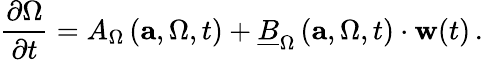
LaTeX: \frac{\partial\Omega}{\partial t}=A_{\Omega}\left(\mathbf{a},\Omega,t\right)+\underline{{B}}_{\Omega}\left(\mathbf{a},\Omega,t\right)\cdot\mathbf{w}(t)\, .